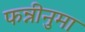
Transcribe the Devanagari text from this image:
फन्नीनुमा